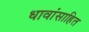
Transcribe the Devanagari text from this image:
धावांसाहित